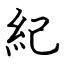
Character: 紀